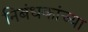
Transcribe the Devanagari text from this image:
निबंधकांच्या